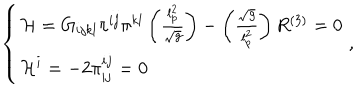
\left\{ \begin{array} { l } { { { \cal H } = G _ { i j k l } \pi ^ { i j } \pi ^ { k l } \left( \frac { l _ { p } ^ { 2 } } { \sqrt { g } } \right) - \left( \frac { \sqrt { g } } { l _ { p } ^ { 2 } } \right) R ^ { \left( 3 \right) } = 0 } } \\ { { { \cal H } ^ { i } = - 2 \pi _ { | j } ^ { i j } = 0 } } \\ \end{array} \right. ,